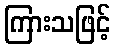
ကြားသဖြင့်